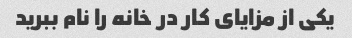
یکی از مزایای کار در خانه را نام ببرید